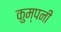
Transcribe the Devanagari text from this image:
कुम्पनी